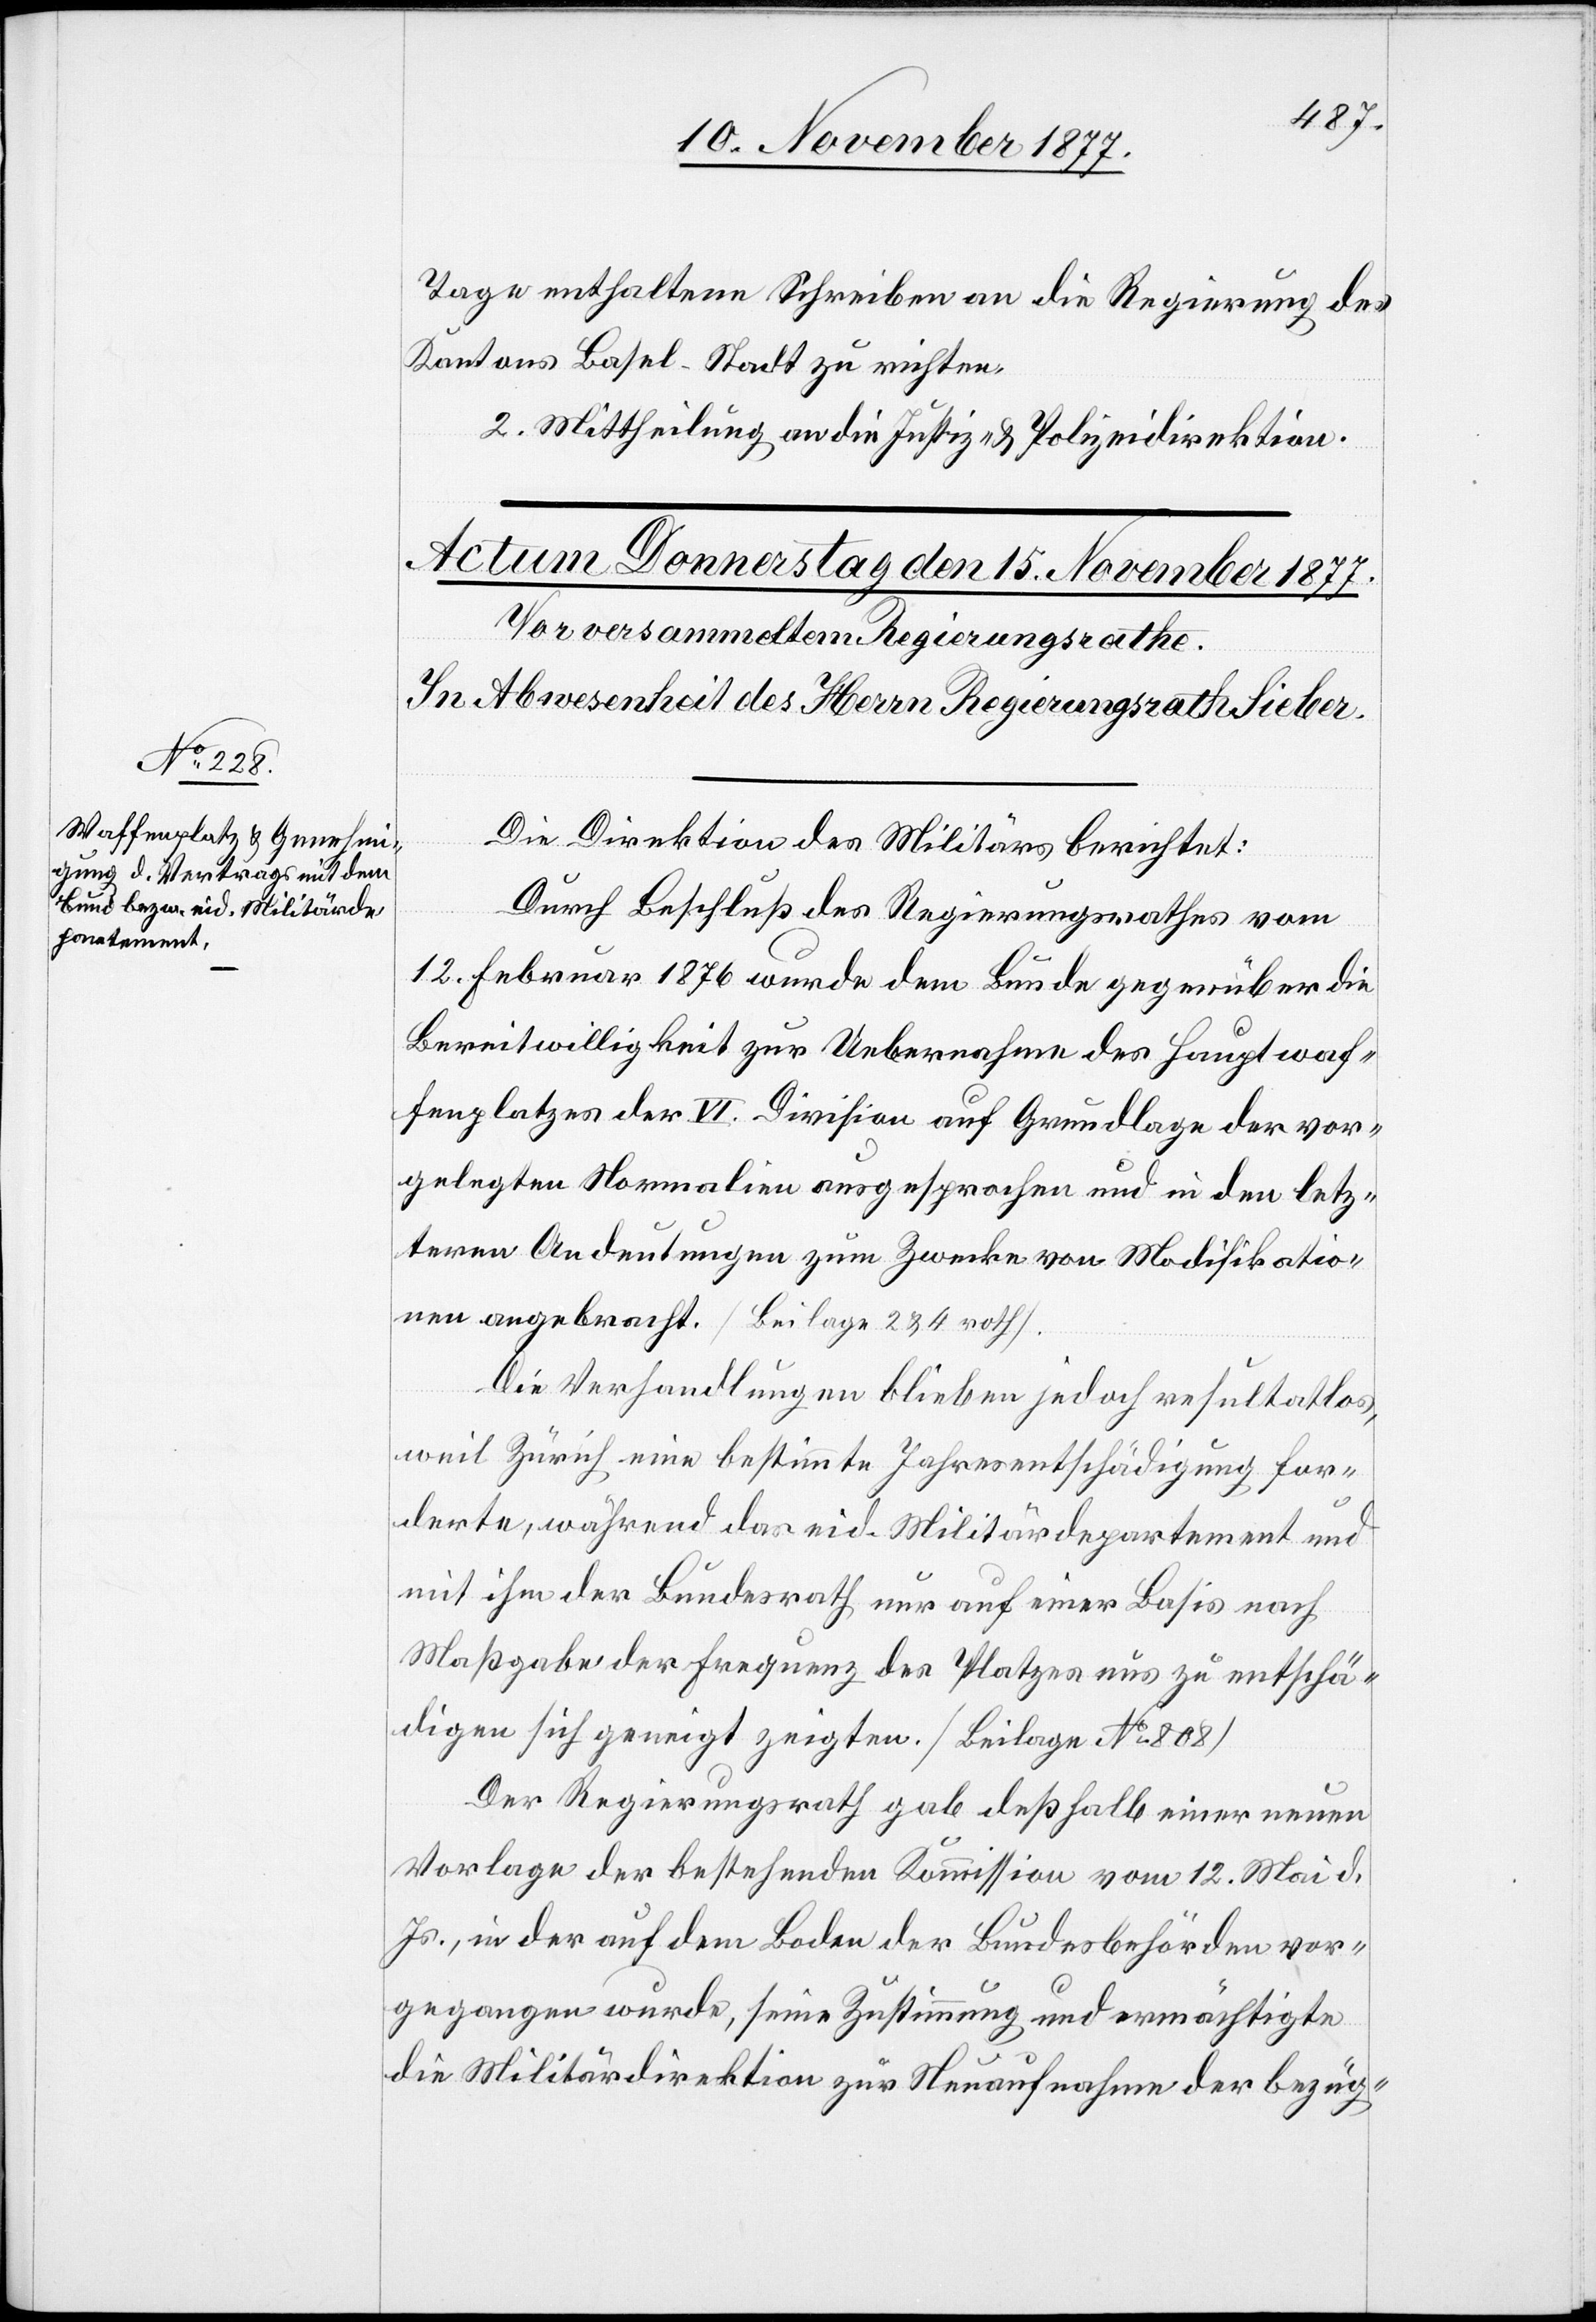
Tage enthaltene Schreiben an die Regierung des
Kantons Basel-Stadt zu richten.
2. Mittheilung an die Justiz- & Polizeidirektion.
Die Direktion des Militärs berichtet:
Durch Beschluß des Regierungsrathes vom
12. Februar 1876 wurde dem Bunde gegenüber die
Bereitwilligkeit zur Uebernahme des Hauptwaf¬
fenplatzes der VI. Division auf Grundlage der vor¬
gelegten Normalien ausgesprochen und in den letz¬
teren Andeutungen zum Zwecke von Modifikatio¬
nen angebracht. [Beilage 2 & 4 roth].
Die Verhandlungen blieben jedoch resultatlos,
weil Zürich eine bestimmte Jahresentschädigung for¬
derte, während das eid. Militärdepartement und
mit ihm der Bundesrath nur auf einer Basis nach
Maßgabe der Frequenz des Platzes uns zu entschä¬
digen sich geneigt zeigten. [Beilage No 808]
Der Regierungsrath gab deßhalb einer neuen
Vorlage der bestehenden Kommission vom 12. Mai d.
Js., in der auf dem Boden der Bundesbehörden vor¬
gegangen wurde, seine Zustimmung und ermächtigte
die Militärdirektion zur Neuaufnahme der bezüg-